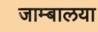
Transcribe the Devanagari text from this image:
जाम्बालया